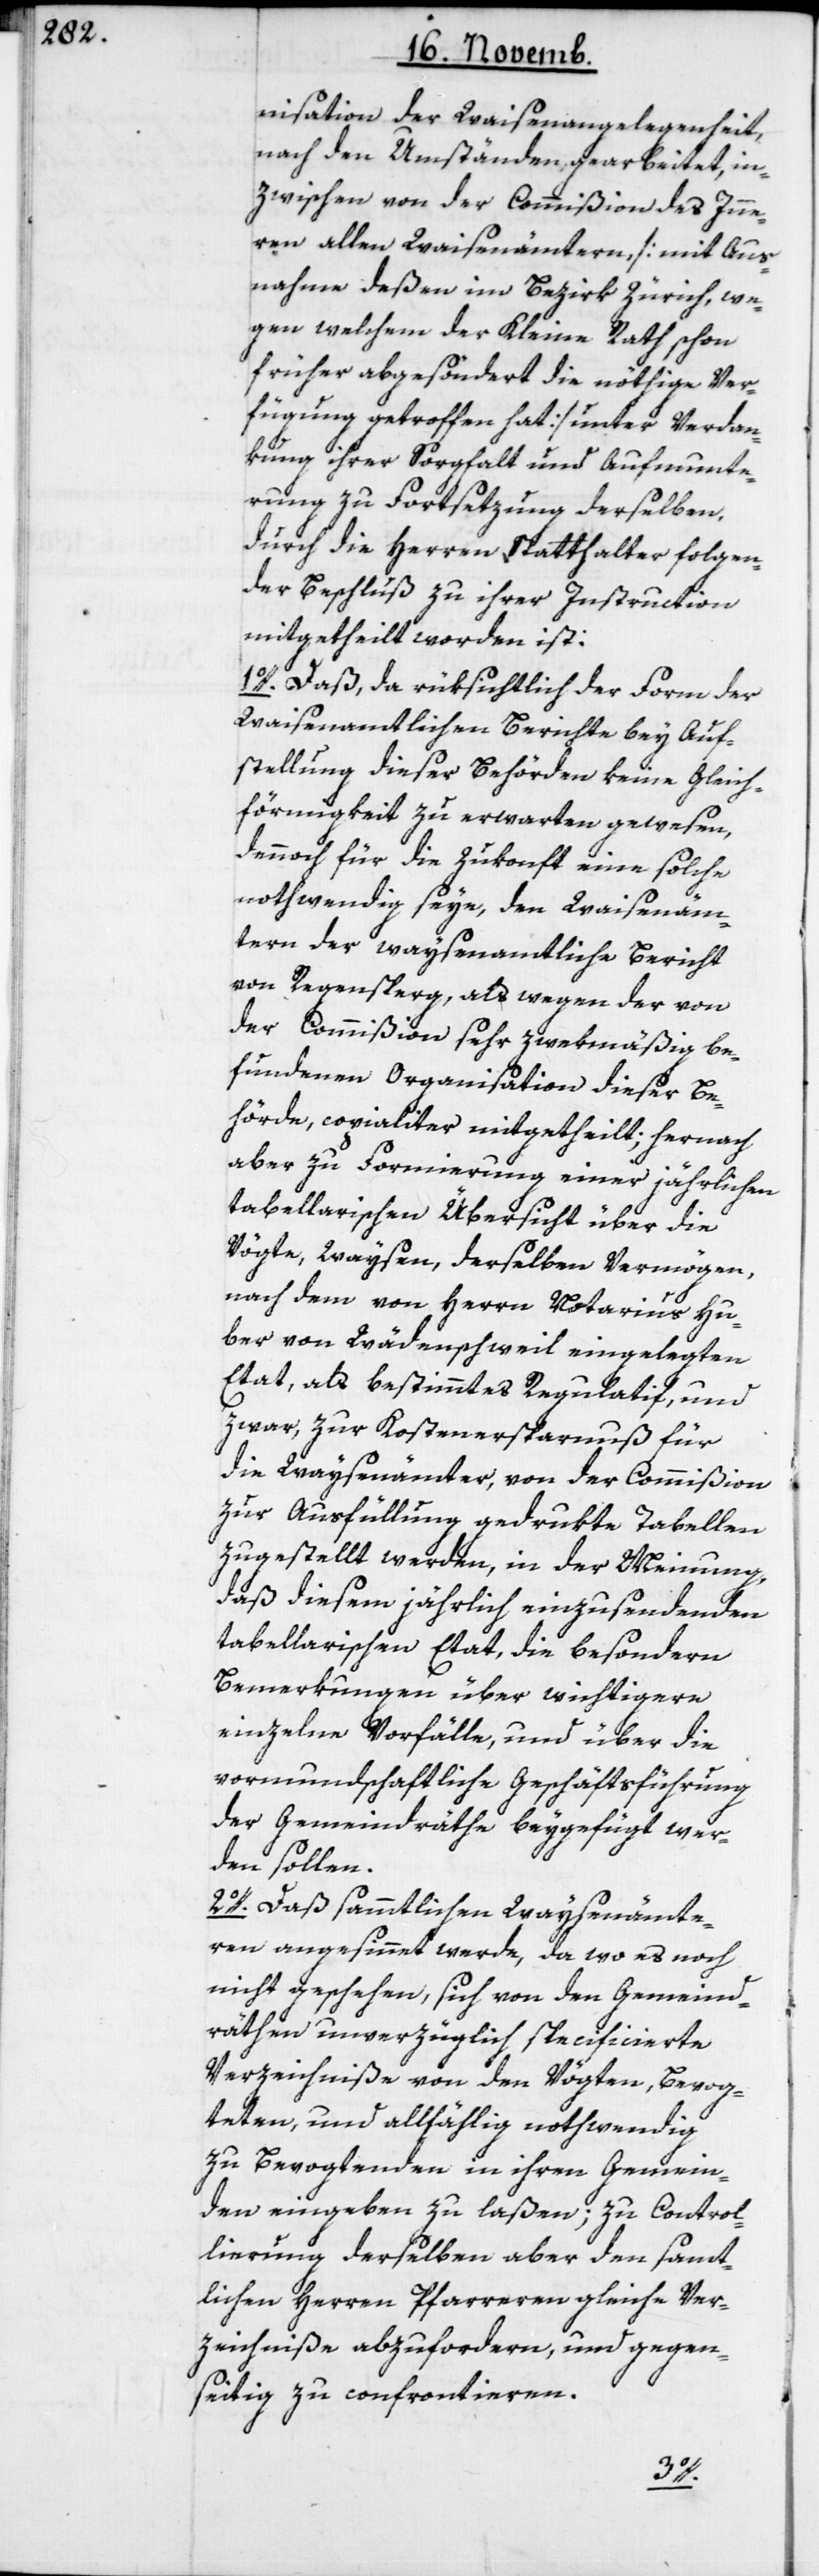
nisation der Waisenangelegenheit,
nach den Umständen gearbeitet, in¬
zwischen von der Commißion des Inne¬
rn allen Waisenämtern [mit Aus¬
nahme deßen im Bezirk Zürich, we¬
gen welchem der Kleine Rath schon
früher abgesöndert die nöthige Ver¬
fügung getroffen hat] unter Verdan¬
kung ihrer Sorgfalt und Aufmunte¬
rung zu Fortsetzung derselben,
durch die Herren Statthalter folgen¬
der Beschluß zu ihrer Instruction
mitgetheilt worden ist:
1o. Daß, da rüksichtlich der Form der
Waisenamtlichen Berichte bey Auf¬
stellung dieser Behörden keine Gleich¬
förmigkeit zu erwarten gewesen,
dennoch für die Zukunft eine solche
nothwendig seye, den Waisenäm¬
tern der waysenamtliche Bericht
von Regensberg, als wegen der von
der Commißion sehr zwekmäßig be¬
fundenen Organisation dieser Be¬
hörde, copialiter mitgetheilt; hernach
aber zu Formierung einer jährlichen
tabellarischen Übersicht über die
Vögte, Waysen, derselben Vermögen,
nach dem von Herrn Notarius Hu¬
ber von Wädenschweil eingelegten
Etat, als bestimmtes Regulatif, und
zwar, zur Kostenersparnuß für
die Waysenämter, von der Commißion
zur Ausfüllung gedrukte Tabellen
zugestellt werden, in der Meinung,
daß diesem jährlich einzusendenen
tabellarischen Etat die besondern
Bemerkungen über wichtigere
einzelne Vorfälle, und über die
vormundschaftliche Geschäftsführung
der Gemeindräthe beygefügt wer¬
den sollen.
2o. Daß sämmtlichen Waysenämte¬
ren angesinnt werde, da wo es noch
nicht geschehen, sich von den Gemeind¬
räthen unverzüglich specificierte
Verzeichniße von den Vögten, Bevog¬
teten und allfählig nothwendig
zu Bevogtenden in ihren Gemein¬
den eingeben zu laßen; zu Control¬
lierung derselben aber den sämmt¬
lichen Herren Pfarreren gleiche Ver¬
zeichniße abzufordern, und gegen¬
seitig zu confrontieren.